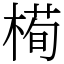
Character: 槆